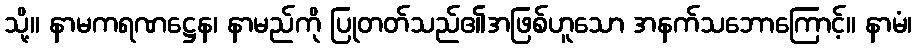
သို့။ နာမကရဏဋ္ဌေန၊ နာမည်ကို ပြုတတ်သည်၏အဖြစ်ဟူသော အနက်သဘောကြောင့်။ နာမံ၊